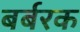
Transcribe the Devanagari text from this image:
बर्बरक